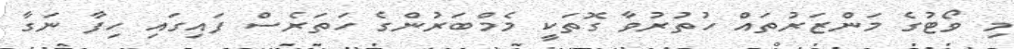
މި ވޯޓުގެ މަންޒަރުތައް ހުތުރުވާ ގޮތަކީ މެމްބަރުންގެ ހަތަރެސް ފައިގައި ހިފާ ނަގާ